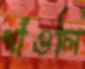
শাঁওলি